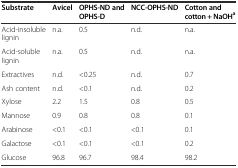
<table><thead><tr><td><b>Substrate</b></td><td><b>Avicel</b></td><td><b>OPHS-ND and OPHS-D</b></td><td><b>NCC-OPHS-ND</b></td><td><b>Cotton and cotton + NaOH<sup>a</sup></b></td></tr></thead><tbody><tr><td>Acid-insoluble lignin</td><td>n.a.</td><td>0.5</td><td>n.d.</td><td>n.a.</td></tr><tr><td>Acid-soluble lignin</td><td>n.a.</td><td>0.5</td><td>n.d.</td><td>n.a.</td></tr><tr><td>Extractives</td><td>n.d.</td><td>&lt;0.25</td><td>n.d.</td><td>0.7</td></tr><tr><td>Ash content</td><td>n.d.</td><td>&lt;0.1</td><td>n.d.</td><td>0.2</td></tr><tr><td>Xylose</td><td>2.2</td><td>1.5</td><td>0.8</td><td>0.5</td></tr><tr><td>Mannose</td><td>0.9</td><td>0.8</td><td>0.8</td><td>0.1</td></tr><tr><td>Arabinose</td><td>&lt;0.1</td><td>&lt;0.1</td><td>&lt;0.1</td><td>0.1</td></tr><tr><td>Galactose</td><td>&lt;0.1</td><td>&lt;0.1</td><td>&lt;0.1</td><td>0.2</td></tr><tr><td>Glucose</td><td>96.8</td><td>96.7</td><td>98.4</td><td>98.2</td></tr></tbody></table>